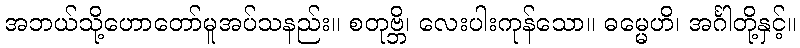
အဘယ်သို့ဟောတော်မူအပ်သနည်း။ စတုဗ္ဘိ၊ လေးပါးကုန်သော။ ဓမ္မေဟိ၊ အင်္ဂါတို့နှင့်။